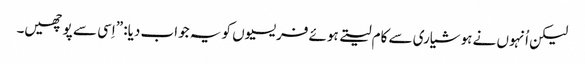
‏ لیکن اُنہوں نے ہوشیاری سے کام لیتے ہوئے فریسیوں کو یہ جواب دیا:‏ ”‏اِسی سے پوچھیں۔